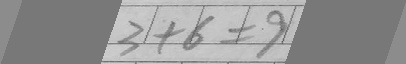
3 + 6 = 9